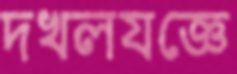
দখলযজ্ঞে